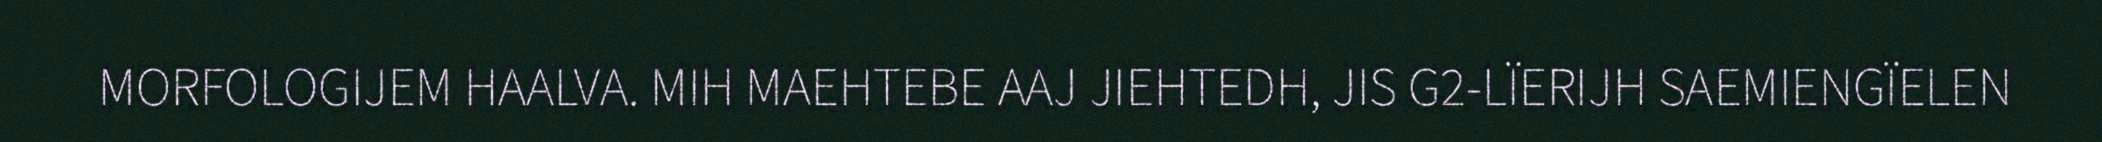
MORFOLOGIJEM HAALVA. MIH MAEHTEBE AAJ JIEHTEDH, JIS G2-LÏERIJH SAEMIENGÏELEN